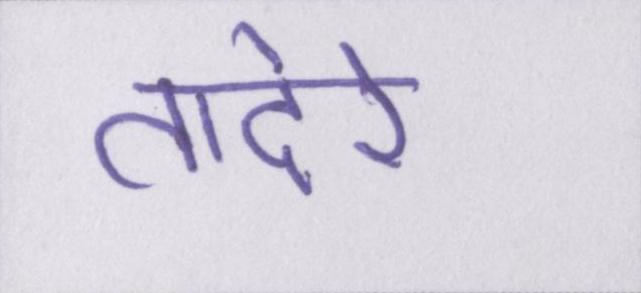
तादेरे